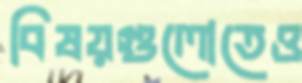
বিষয়গুলোতেও